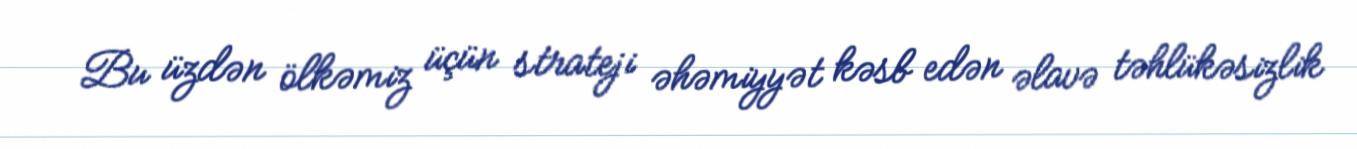
Bu üzdən ölkəmiz üçün strateji əhəmiyyət kəsb edən əlavə təhlükəsizlik